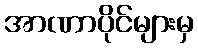
အာဏာပိုင်များမှ